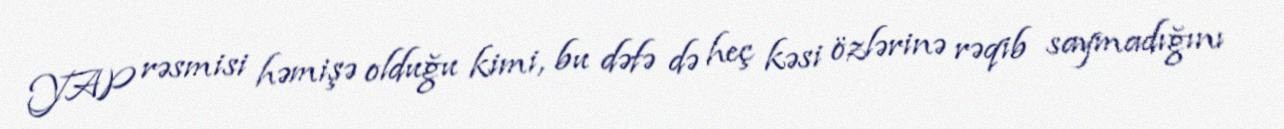
YAP rəsmisi həmişə olduğu kimi, bu dəfə də heç kəsi özlərinə rəqib saymadığını